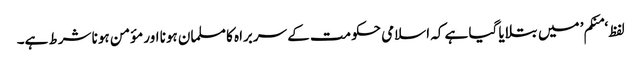
لفظ ‘منکم’ میں بتلایا گیا ہے کہ اسلامی حکومت کے سربراہ کا مسلمان ہونا اور مؤمن ہونا شرط ہے۔